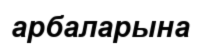
арбаларына